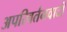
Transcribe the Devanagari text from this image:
अपरिवर्तनवादी